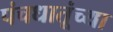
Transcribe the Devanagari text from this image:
पंचधातूंच्या